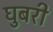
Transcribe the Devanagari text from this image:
घुबरी